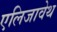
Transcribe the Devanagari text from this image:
एलिजावेथ